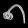
Digit: ၈